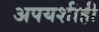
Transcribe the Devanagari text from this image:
अपयशीही